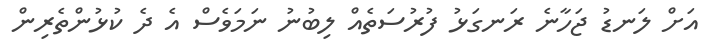
އަށް ލަނޑު ޖަހާނެ ރަނގަޅު ފުރުސަތެއް ލިބުނު ނަމަވެސް އެ ދެ ކުޅުންތެރިން